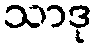
သာဒု